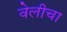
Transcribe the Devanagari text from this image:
वेलीचा